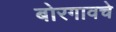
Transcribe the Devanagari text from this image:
बोरगावचे